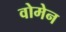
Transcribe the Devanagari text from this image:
वोमेन